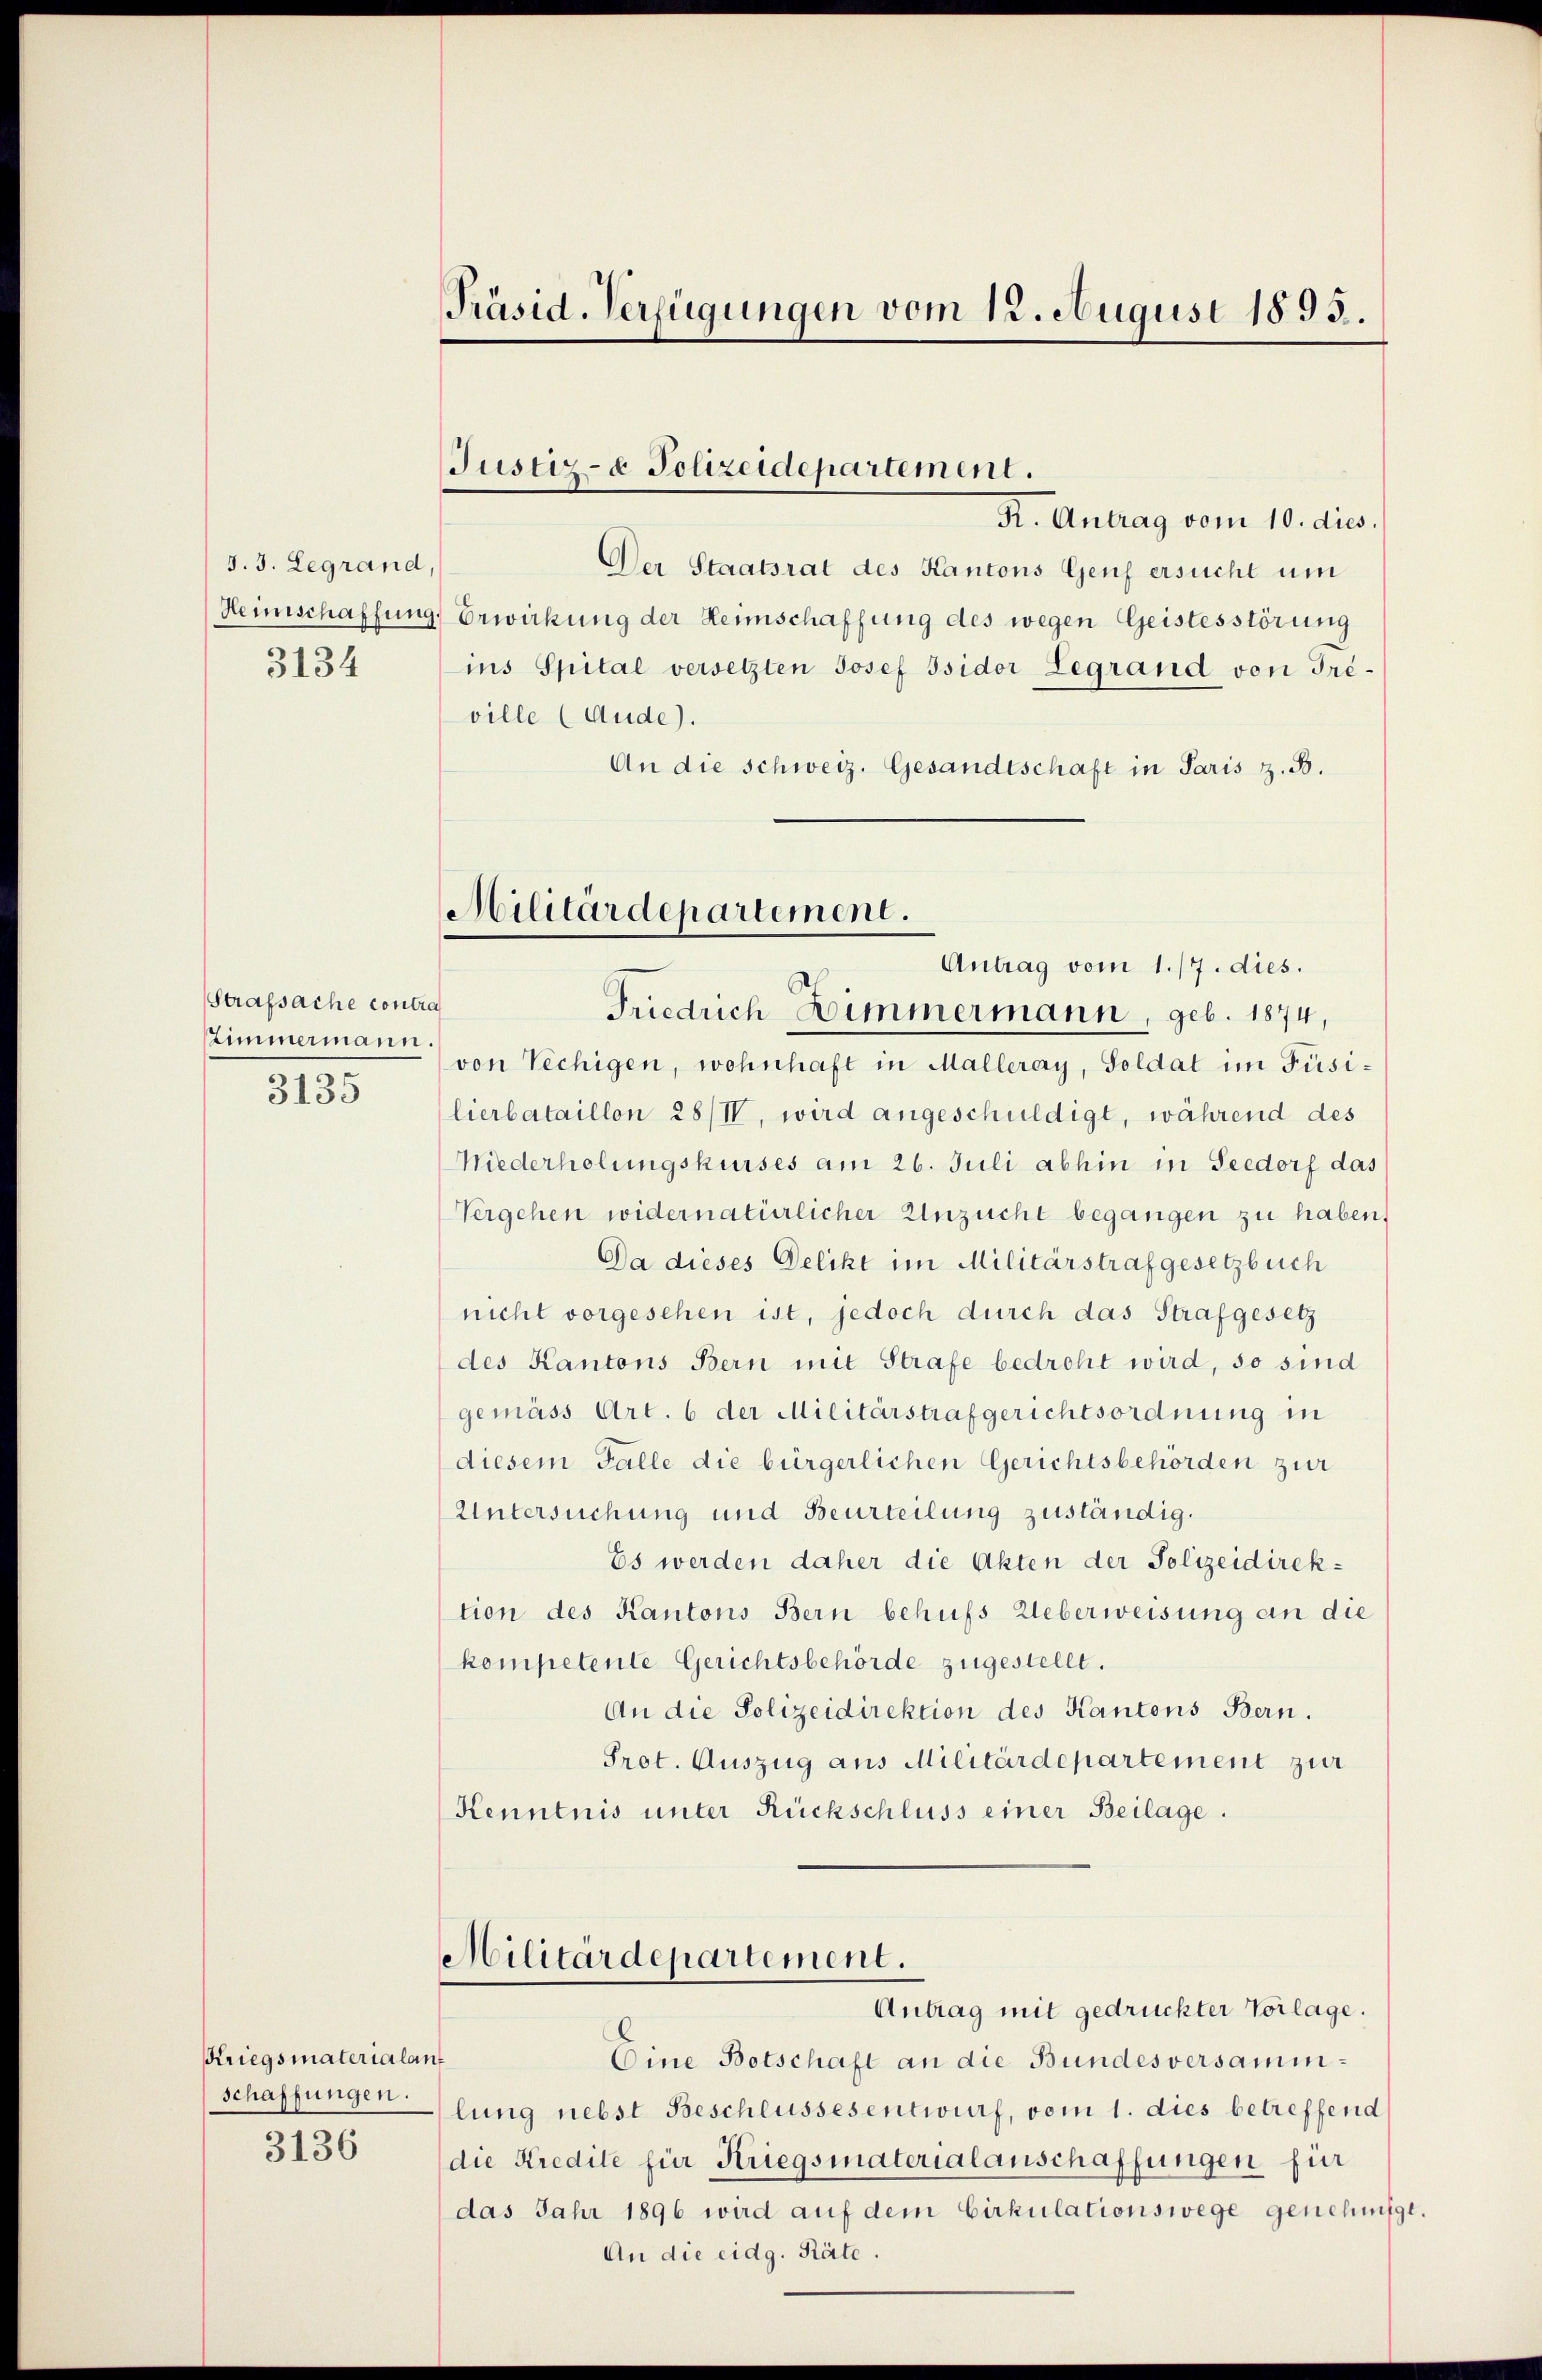
3. 3. Legrand,
3134

Strafsache contra
Zimmermann
3135

Kriegsmaterialan
schaffungen.
3136

Präsid-Verfügungen vom 12. August 1893.

Justiz- & Polizeidepartement.

K. Antrag vom 10. dies.
Der Staatsrat des Kantons Genf ersucht um
Heimschaffung, Erwirkung der Heimschaffung des wegen Geistesstörung
ins Spital versetzten Josef Isidor Legrand von Triville (Aude).
An die schweiz. Gesandtschaft in Paris z. B.

Militärdepartement.
Antrag vom 1./7. dies.

Friedrich Zimmermann, geb. 1874,
von Vechigen, wohnhaft in Malleray, Soldat im Füsilierbataillon 28/IV, wird angeschuldigt, während des
Niederholungskurses am 26. Juli abhin in Seedorf das
Vergehen widernatürlicher Unzucht begangen zu haben,
Da dieses Delikt im Militärstrafgesetzbuch
nicht vorgesehen ist, jedoch durch das Strafgesetz
des Kantons Bern mit Strafe bedroht wird, so sind
gemäss Art. 6 der Militärstrafgerichtsordnung in
diesem Falle die bürgerlichen Gerichtsbehörden zur
Untersuchung und Beurteilung zuständig.
Es werden daher die Akten der Polizeidirektion des Kantons Bern behufs Ueberweisung an die
kompetente Gerichtsbehörde zugestellt.
An die Polizeidirektion des Kantons Bern.
Prot. Auszug aus Militärdepartement zur
Kenntnis unter Rückschluss einer Beilage.
Militärdepartement.
Antrag mit gedruckter Vorlage.
II
Eine Botschaft an die Bundesversammlung nebst Beschlussesentwurf, vom 1. dies betreffend
die Kredite für Kriegsmaterialanschaffungen für
das Jahr 1896 wird auf dem Cirkulationswege genehmigt.
An die eidg. Räte.